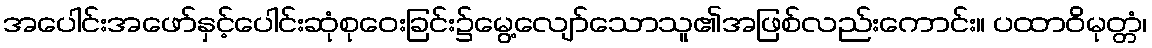
အပေါင်းအဖော်နှင့်ပေါင်းဆုံစုဝေးခြင်း၌မွေ့လျော်သောသူ၏အဖြစ်လည်းကောင်း။ ပထာဝိမုတ္တံ၊